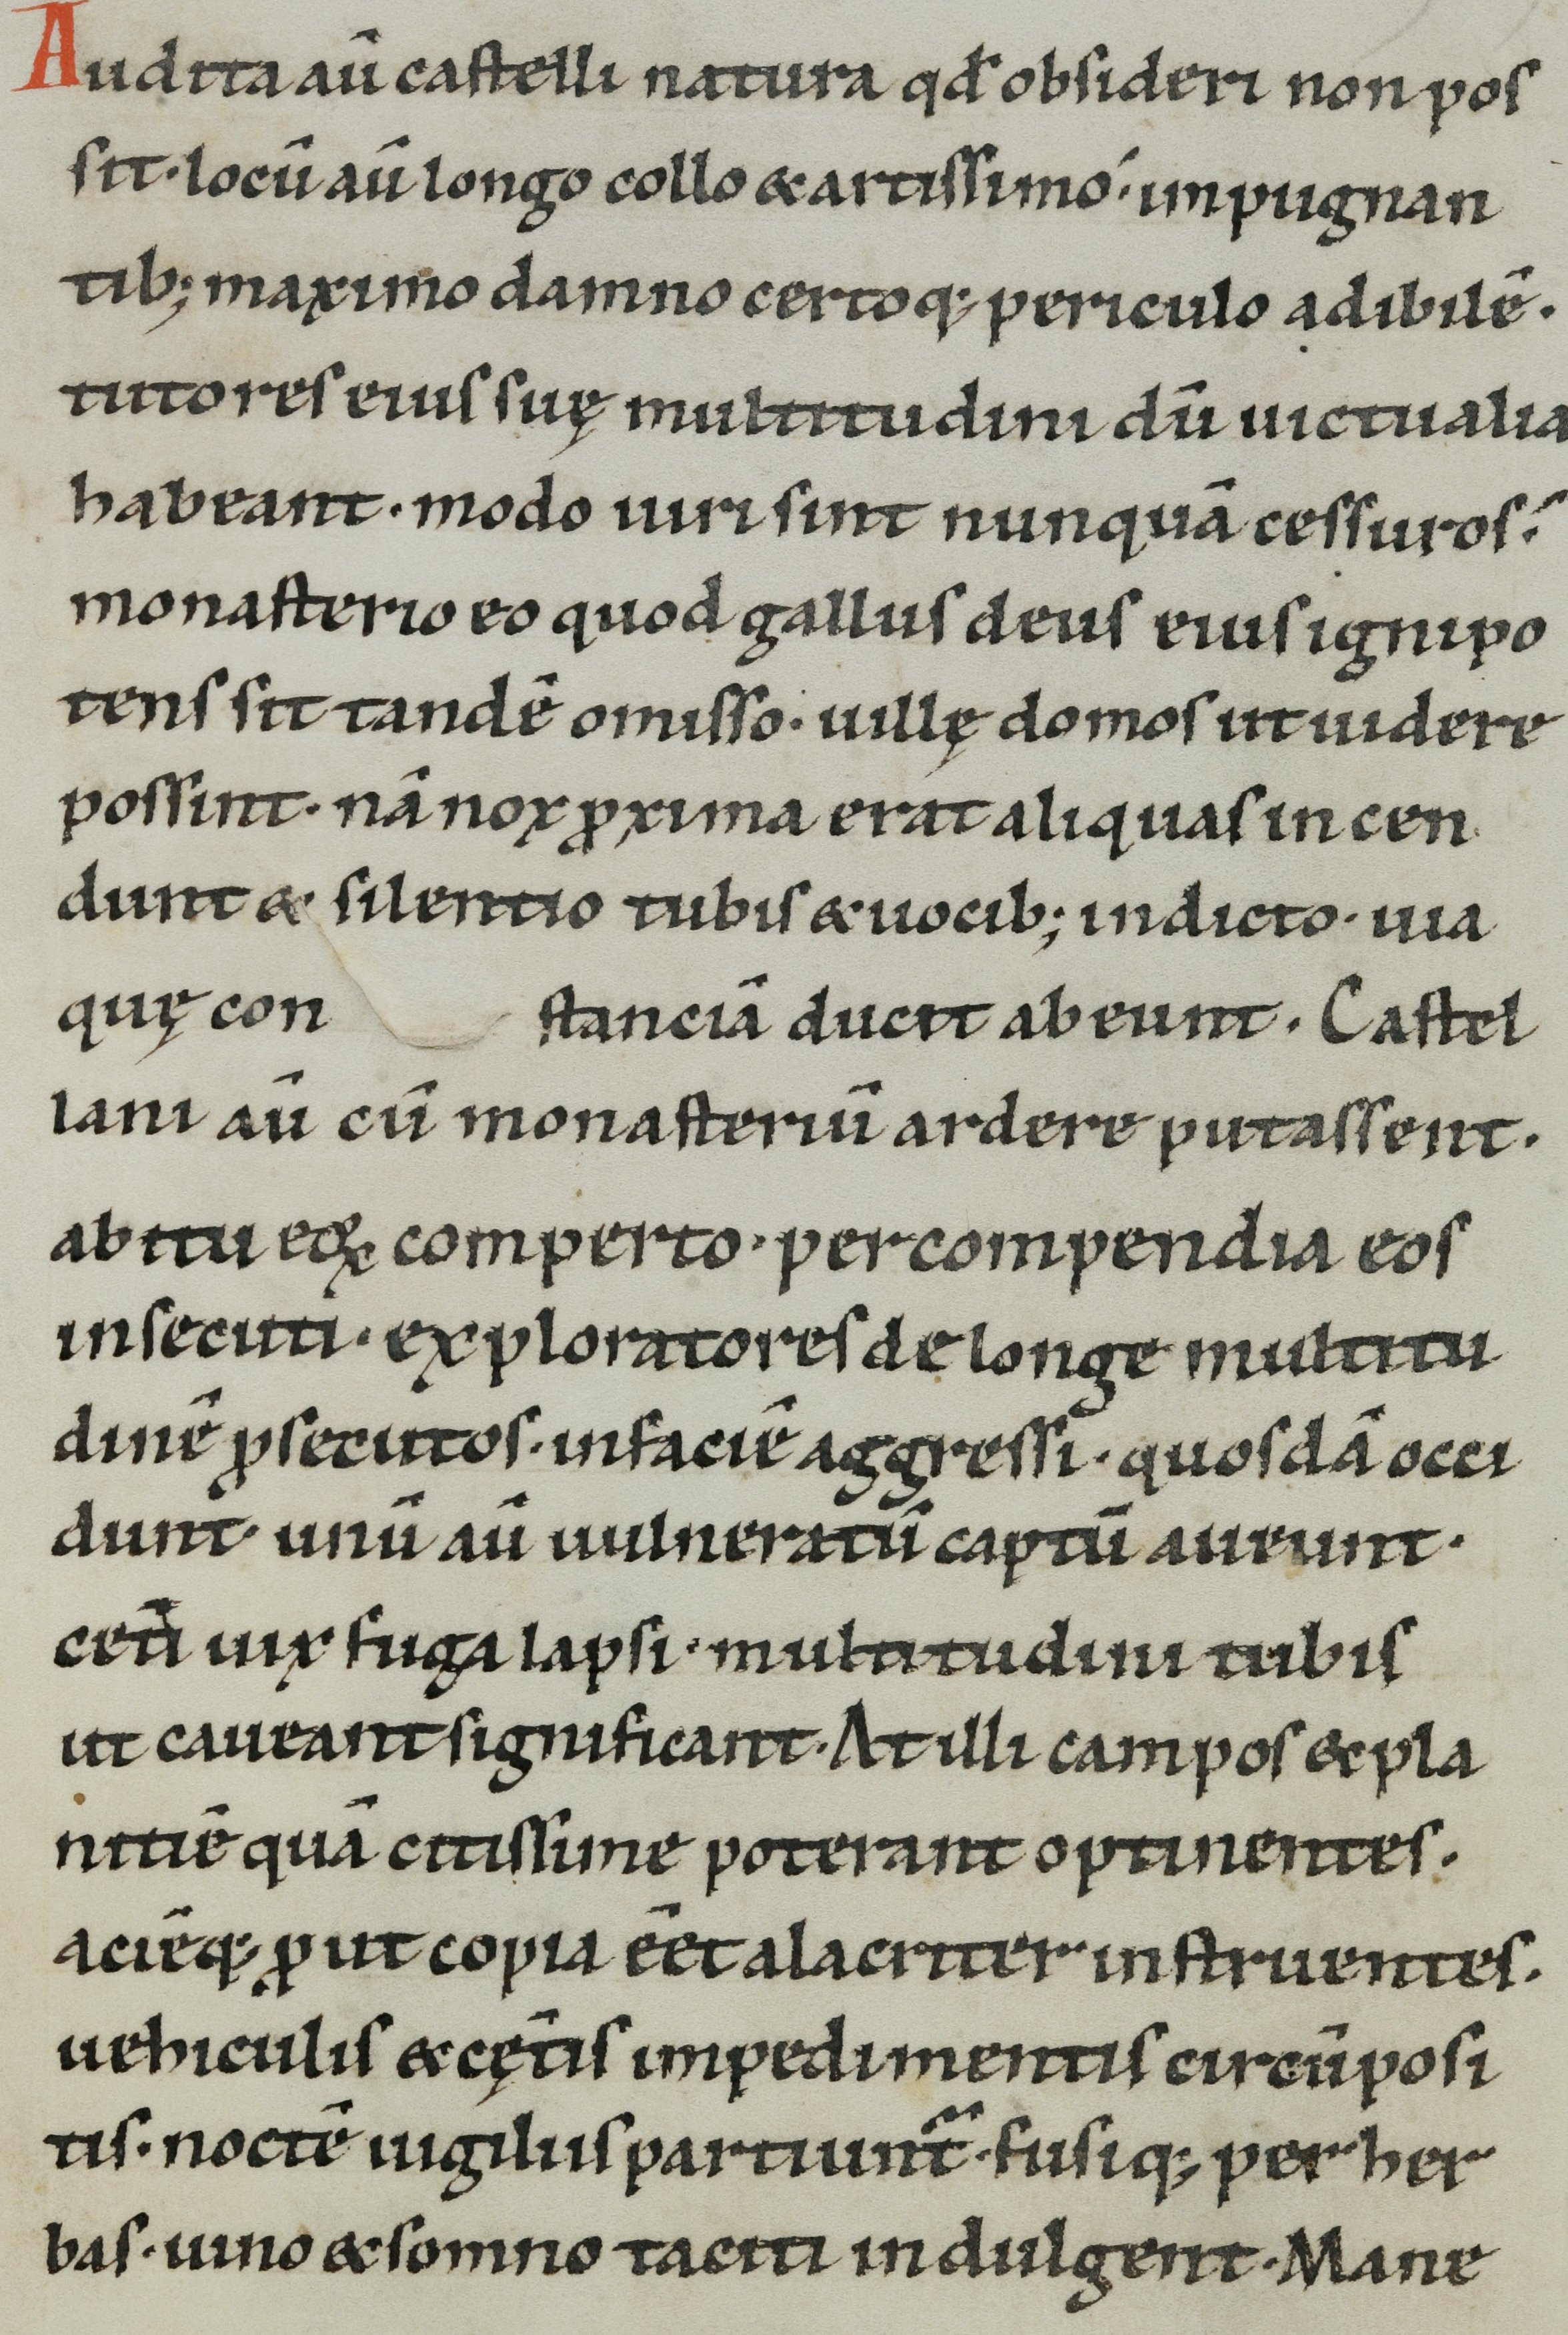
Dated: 1100–1199